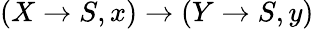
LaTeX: (X\to S,x)\to(Y\to S,y)